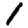
Digit: 1